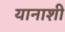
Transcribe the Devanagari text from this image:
यानाशी